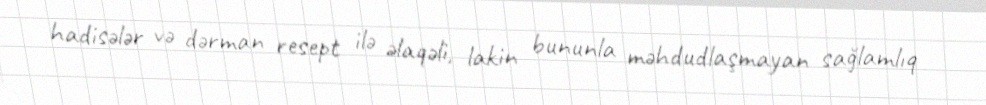
hadisələr və dərman resept ilə əlaqəli, lakin bununla məhdudlaşmayan sağlamlıq